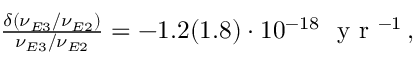
\begin{array} { r } { \frac { \delta ( \nu _ { E 3 } / \nu _ { E 2 } ) } { \nu _ { E 3 } / \nu _ { E 2 } } = - 1 . 2 ( 1 . 8 ) \cdot 1 0 ^ { - 1 8 } \ \mathrm { ~ y ~ r ~ } ^ { - 1 } \, , } \end{array}